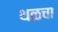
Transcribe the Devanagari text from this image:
थळचा